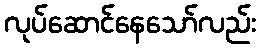
လုပ်ဆောင်နေသော်လည်း